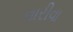
નારીવા